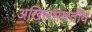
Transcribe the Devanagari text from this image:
अखिलभारतीय